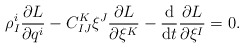
\begin{align*} \rho ^i _I \frac{ \partial L }{ \partial q ^i } - C ^K _{ I J } \xi ^J \frac{ \partial L }{ \partial \xi ^K } - \frac{\mathrm{d}}{\mathrm{d}t} \frac{ \partial L }{ \partial \xi ^I } = 0 . \end{align*}